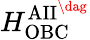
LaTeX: H_{\mathrm{OBC}}^{\mathrm{AII}^{\dag}}